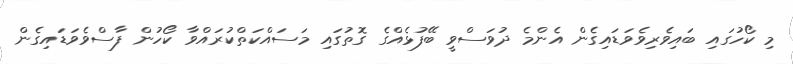
މި ކޯހުގައި ބައިވެރިވެވަޑައިގެން އެންމެ ދުވަސްވީ ބޭފުޅެއްގެ ގޮތުގައި މަސައްކަތްކުރައްވާ ކޯހުން ފާސްވެވަޑައިގެން